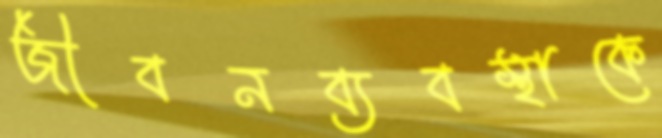
জীবনব্যবস্থাকে